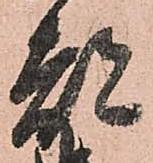
都